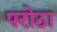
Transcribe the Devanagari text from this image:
परोठा